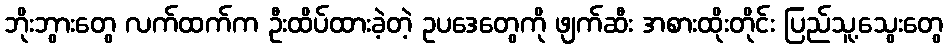
ဘိုးဘွားတွေ လက်ထက်က ဦးထိပ်ထားခဲ့တဲ့ ဥပဒေတွေကို ဖျက်ဆီး အစားထိုးတိုင်း ပြည်သူ့သွေးတွေ